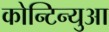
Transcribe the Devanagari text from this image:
कोन्टिन्युआ